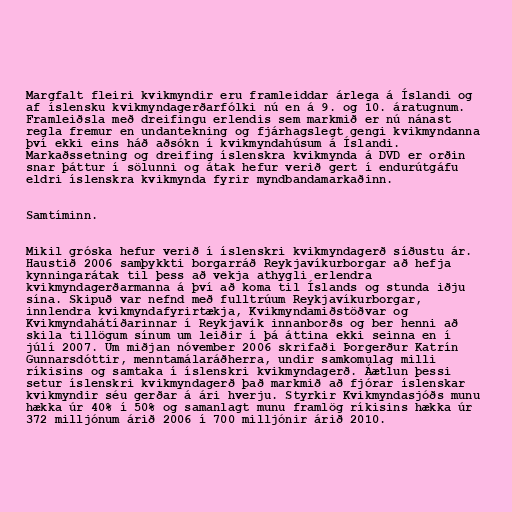
Margfalt fleiri kvikmyndir eru framleiddar árlega á Íslandi og
af íslensku kvikmyndagerðarfólki nú en á 9. og 10. áratugnum.
Framleiðsla með dreifingu erlendis sem markmið er nú nánast
regla fremur en undantekning og fjárhagslegt gengi kvikmyndanna
því ekki eins háð aðsókn í kvikmyndahúsum á Íslandi.
Markaðssetning og dreifing íslenskra kvikmynda á DVD er orðin
snar þáttur í sölunni og átak hefur verið gert í endurútgáfu
eldri íslenskra kvikmynda fyrir myndbandamarkaðinn.

Samtíminn.

Mikil gróska hefur verið í íslenskri kvikmyndagerð síðustu ár.
Haustið 2006 samþykkti borgarráð Reykjavíkurborgar að hefja
kynningarátak til þess að vekja athygli erlendra
kvikmyndagerðarmanna á því að koma til Íslands og stunda iðju
sína. Skipuð var nefnd með fulltrúum Reykjavíkurborgar,
innlendra kvikmyndafyrirtækja, Kvikmyndamiðstöðvar og
Kvikmyndahátíðarinnar í Reykjavík innanborðs og ber henni að
skila tillögum sínum um leiðir í þá áttina ekki seinna en í
júlí 2007. Um miðjan nóvember 2006 skrifaði Þorgerður Katrín
Gunnarsdóttir, menntamálaráðherra, undir samkomulag milli
ríkisins og samtaka í íslenskri kvikmyndagerð. Áætlun þessi
setur íslenskri kvikmyndagerð það markmið að fjórar íslenskar
kvikmyndir séu gerðar á ári hverju. Styrkir Kvikmyndasjóðs munu
hækka úr 40% í 50% og samanlagt munu framlög ríkisins hækka úr
372 milljónum árið 2006 í 700 milljónir árið 2010.